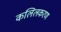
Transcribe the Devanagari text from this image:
कलिलकरण